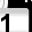
Digit: 1